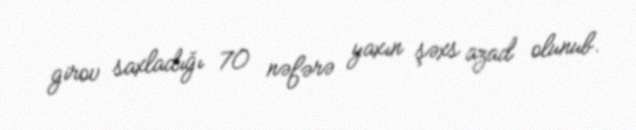
girov saxladığı 70 nəfərə yaxın şəxs azad olunub.